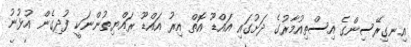
އިނގިރޭސިންގެ އިސްތިއުމާރުގެ ދަށުގައި އައްޑޫ އޮތް އިރު އައްޑޫ ރައްޔިތުންނަކީ ފުދިގެން އުޅުނު